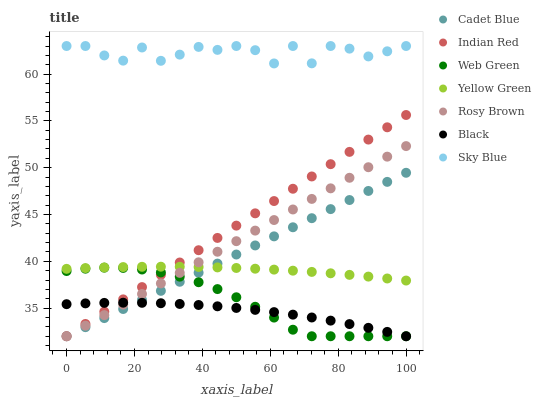
| xaxis_label | Cadet Blue | Indian Red | Web Green | Yellow Green | Rosy Brown | Black | Sky Blue |
 | --- | --- | --- | --- | --- | --- | --- | --- |
 | 0 | 32 | 32 | 39 | 39.2 | 32 | 35.4 | 63 |
 | 5.56 | 33 | 33.3 | 39.2 | 39.3 | 33.1 | 35.5 | 63 |
 | 11.1 | 33.9 | 34.6 | 39.3 | 39.3 | 34.3 | 35.6 | 62 |
 | 16.7 | 34.9 | 35.9 | 39.3 | 39.4 | 35.4 | 35.6 | 61.4 |
 | 22.2 | 35.9 | 37.3 | 39.1 | 39.4 | 36.5 | 35.6 | 62.8 |
 | 27.8 | 36.8 | 38.6 | 38.8 | 39.4 | 37.6 | 35.5 | 61.4 |
 | 33.3 | 37.8 | 39.9 | 38.4 | 39.4 | 38.8 | 35.4 | 62.1 |
 | 38.9 | 38.8 | 41.2 | 37.8 | 39.4 | 39.9 | 35.3 | 62.9 |
 | 44.4 | 39.8 | 42.5 | 37 | 39.4 | 41 | 35.2 | 62.6 |
 | 50 | 40.7 | 43.8 | 36.2 | 39.3 | 42.2 | 35 | 63 |
 | 55.6 | 41.7 | 45.1 | 35.1 | 39.2 | 43.3 | 34.8 | 62.6 |
 | 61.1 | 42.7 | 46.4 | 34 | 39.1 | 44.4 | 34.6 | 61.1 |
 | 66.7 | 43.6 | 47.8 | 32.7 | 39 | 45.5 | 34.3 | 63 |
 | 72.2 | 44.6 | 49.1 | 32 | 38.9 | 46.7 | 34 | 61.1 |
 | 77.8 | 45.6 | 50.4 | 32 | 38.7 | 47.8 | 33.7 | 63 |
 | 83.3 | 46.5 | 51.7 | 32 | 38.6 | 48.9 | 33.3 | 62.7 |
 | 88.9 | 47.5 | 53 | 32 | 38.4 | 50.1 | 32.9 | 61.9 |
 | 94.4 | 48.5 | 54.3 | 32 | 38.2 | 51.2 | 32.5 | 62.4 |
 | 100 | 49.5 | 55.6 | 32 | 37.9 | 52.3 | 32 | 63 |